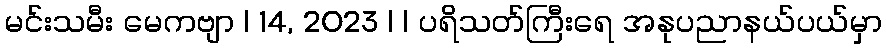
မင်းသမီး မေကဗျာ | 14, 2023 | | ပရိသတ်ကြီးရေ အနုပညာနယ်ပယ်မှာ